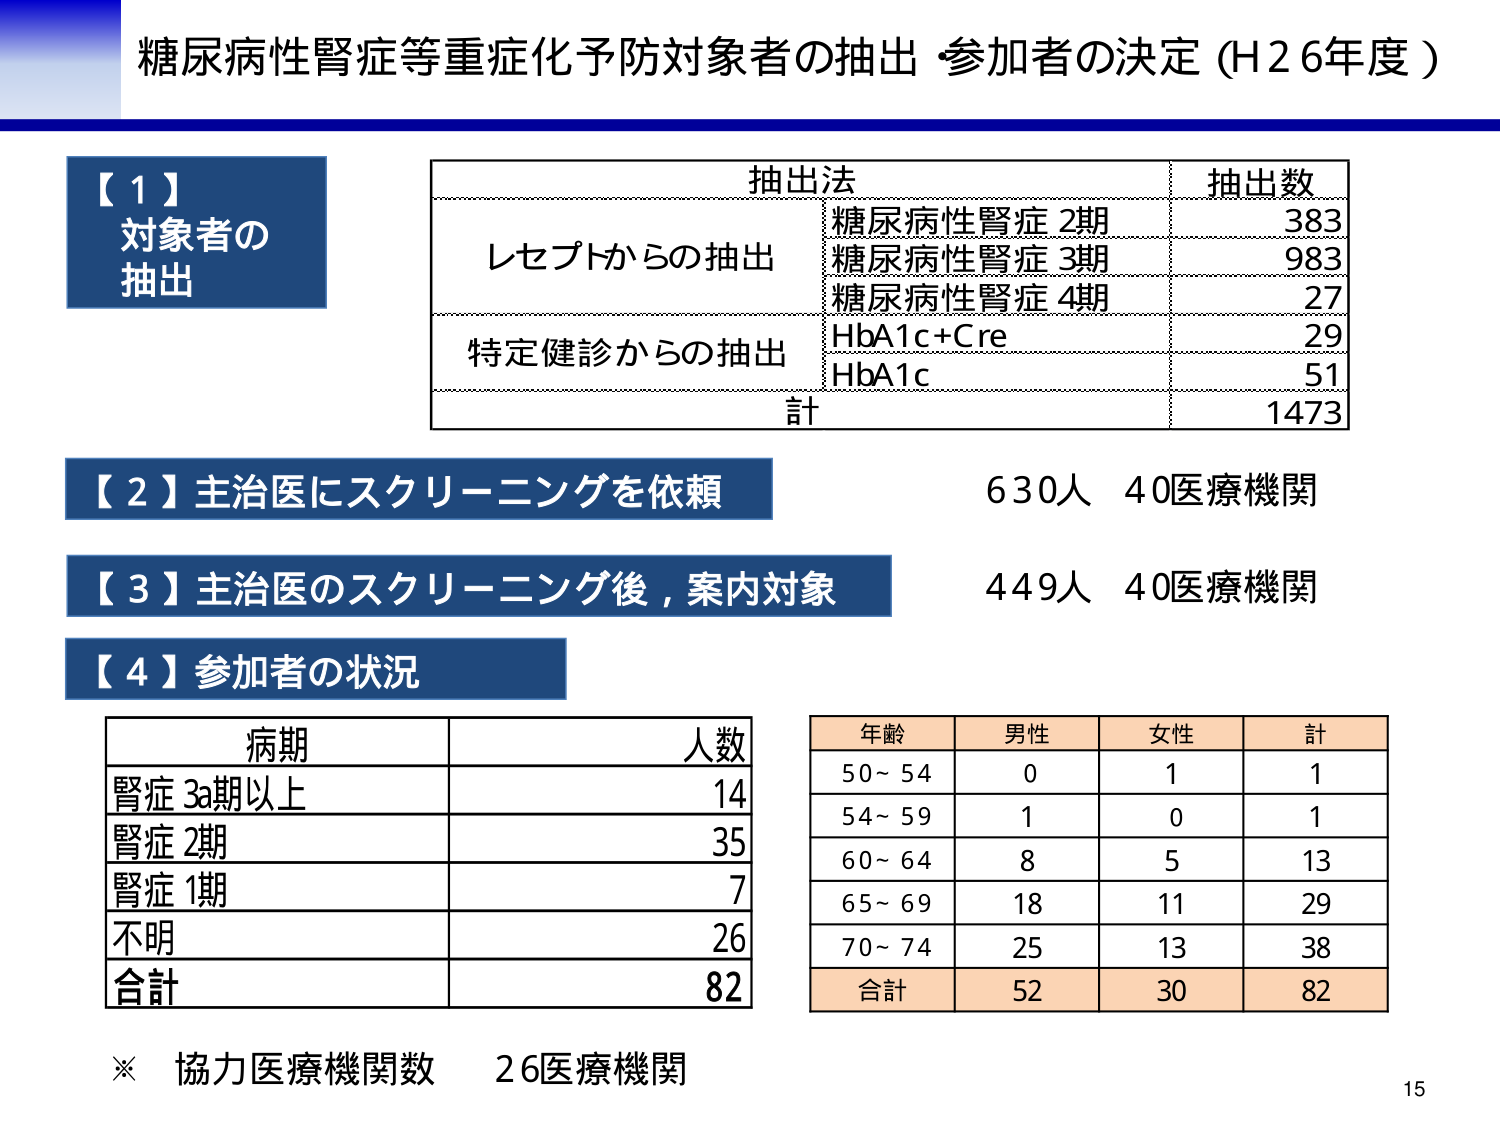
糖尿病性腎症等重症化予防対象者の抽出・参加者の決定（H26年度）

【１】
対象者の
抽出

抽出法　　　　　　　　　　　　　　　　　抽出数
レセプトからの抽出　　　糖尿病性腎症 2期　　　383
　　　　　　　　　　　　糖尿病性腎症 3期　　　983
　　　　　　　　　　　　糖尿病性腎症 4期　　　27
特定健診からの抽出　　HbA1c+Cre　　　　　　29
　　　　　　　　　　　　HbA1c　　　　　　　　51
　　　　　　　　　　　　計　　　　　　　　　　1473

【２】主治医にスクリーニングを依頼　　　　　630人　40医療機関

【３】主治医のスクリーニング後，案内対象　　　449人　40医療機関

【４】参加者の状況

病期　　　　　　　　　人数
腎症 3a期以上　　　　　14
腎症 2期　　　　　　　35
腎症 1期　　　　　　　7
不明　　　　　　　　　26
合計　　　　　　　　　82

年齢　　　男性　　　女性　　　計
50～54　　　0　　　　1　　　　1
54～59　　　1　　　　0　　　　1
60～64　　　8　　　　5　　　　13
65～69　　　18　　　11　　　29
70～74　　　25　　　13　　　38
合計　　　　52　　　30　　　82

※　協力医療機関数　26医療機関

15